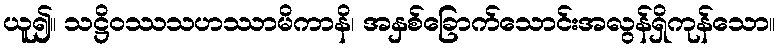
ယူ၍။ သဋ္ဌိဝဿသဟဿာမိကာနိ၊ အနှစ်ခြောက်သောင်းအလွန်ရှိကုန်သော။